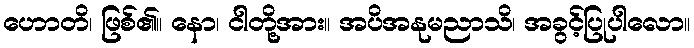
ဟောတိ၊ ဖြစ်၏။ နော၊ ငါတို့အား။ အပိအနုမညာသိ၊ အခွင့်ပြုပါလော။